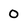
Character: 0